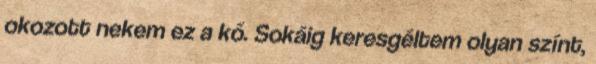
okozott nekem ez a kő. Sokáig keresgéltem olyan színt,